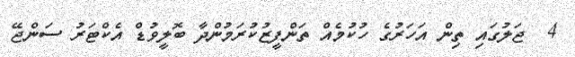
4  ޖަލުގައި ތިން އަހަރުގެ ހުކުމެއް ތަންފީޒުކުރަމުންދާ ބޮލީވުޑް އެކްޓަރު ސަންޖޭ